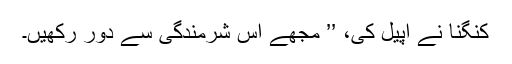
کنگنا نے اپیل کی، ’’ مجھے اس شرمندگی سے دور رکھیں۔